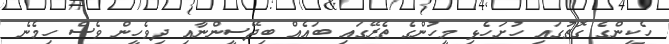
ހެކީންގެ ގޮތުގައި ހުށަހެޅި މީހުންގެ ތެރޭގައި ބައެއް ބިދޭސީންނާއި ދިވެހީން ވެސް ހިމެނެ